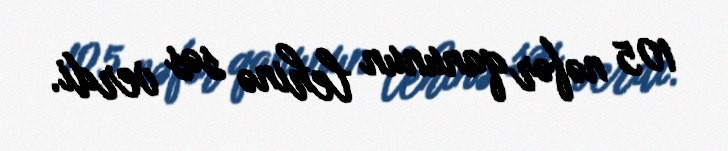
105 nəfər qanunun lehinə səs verdi.